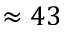
\approx 4 3